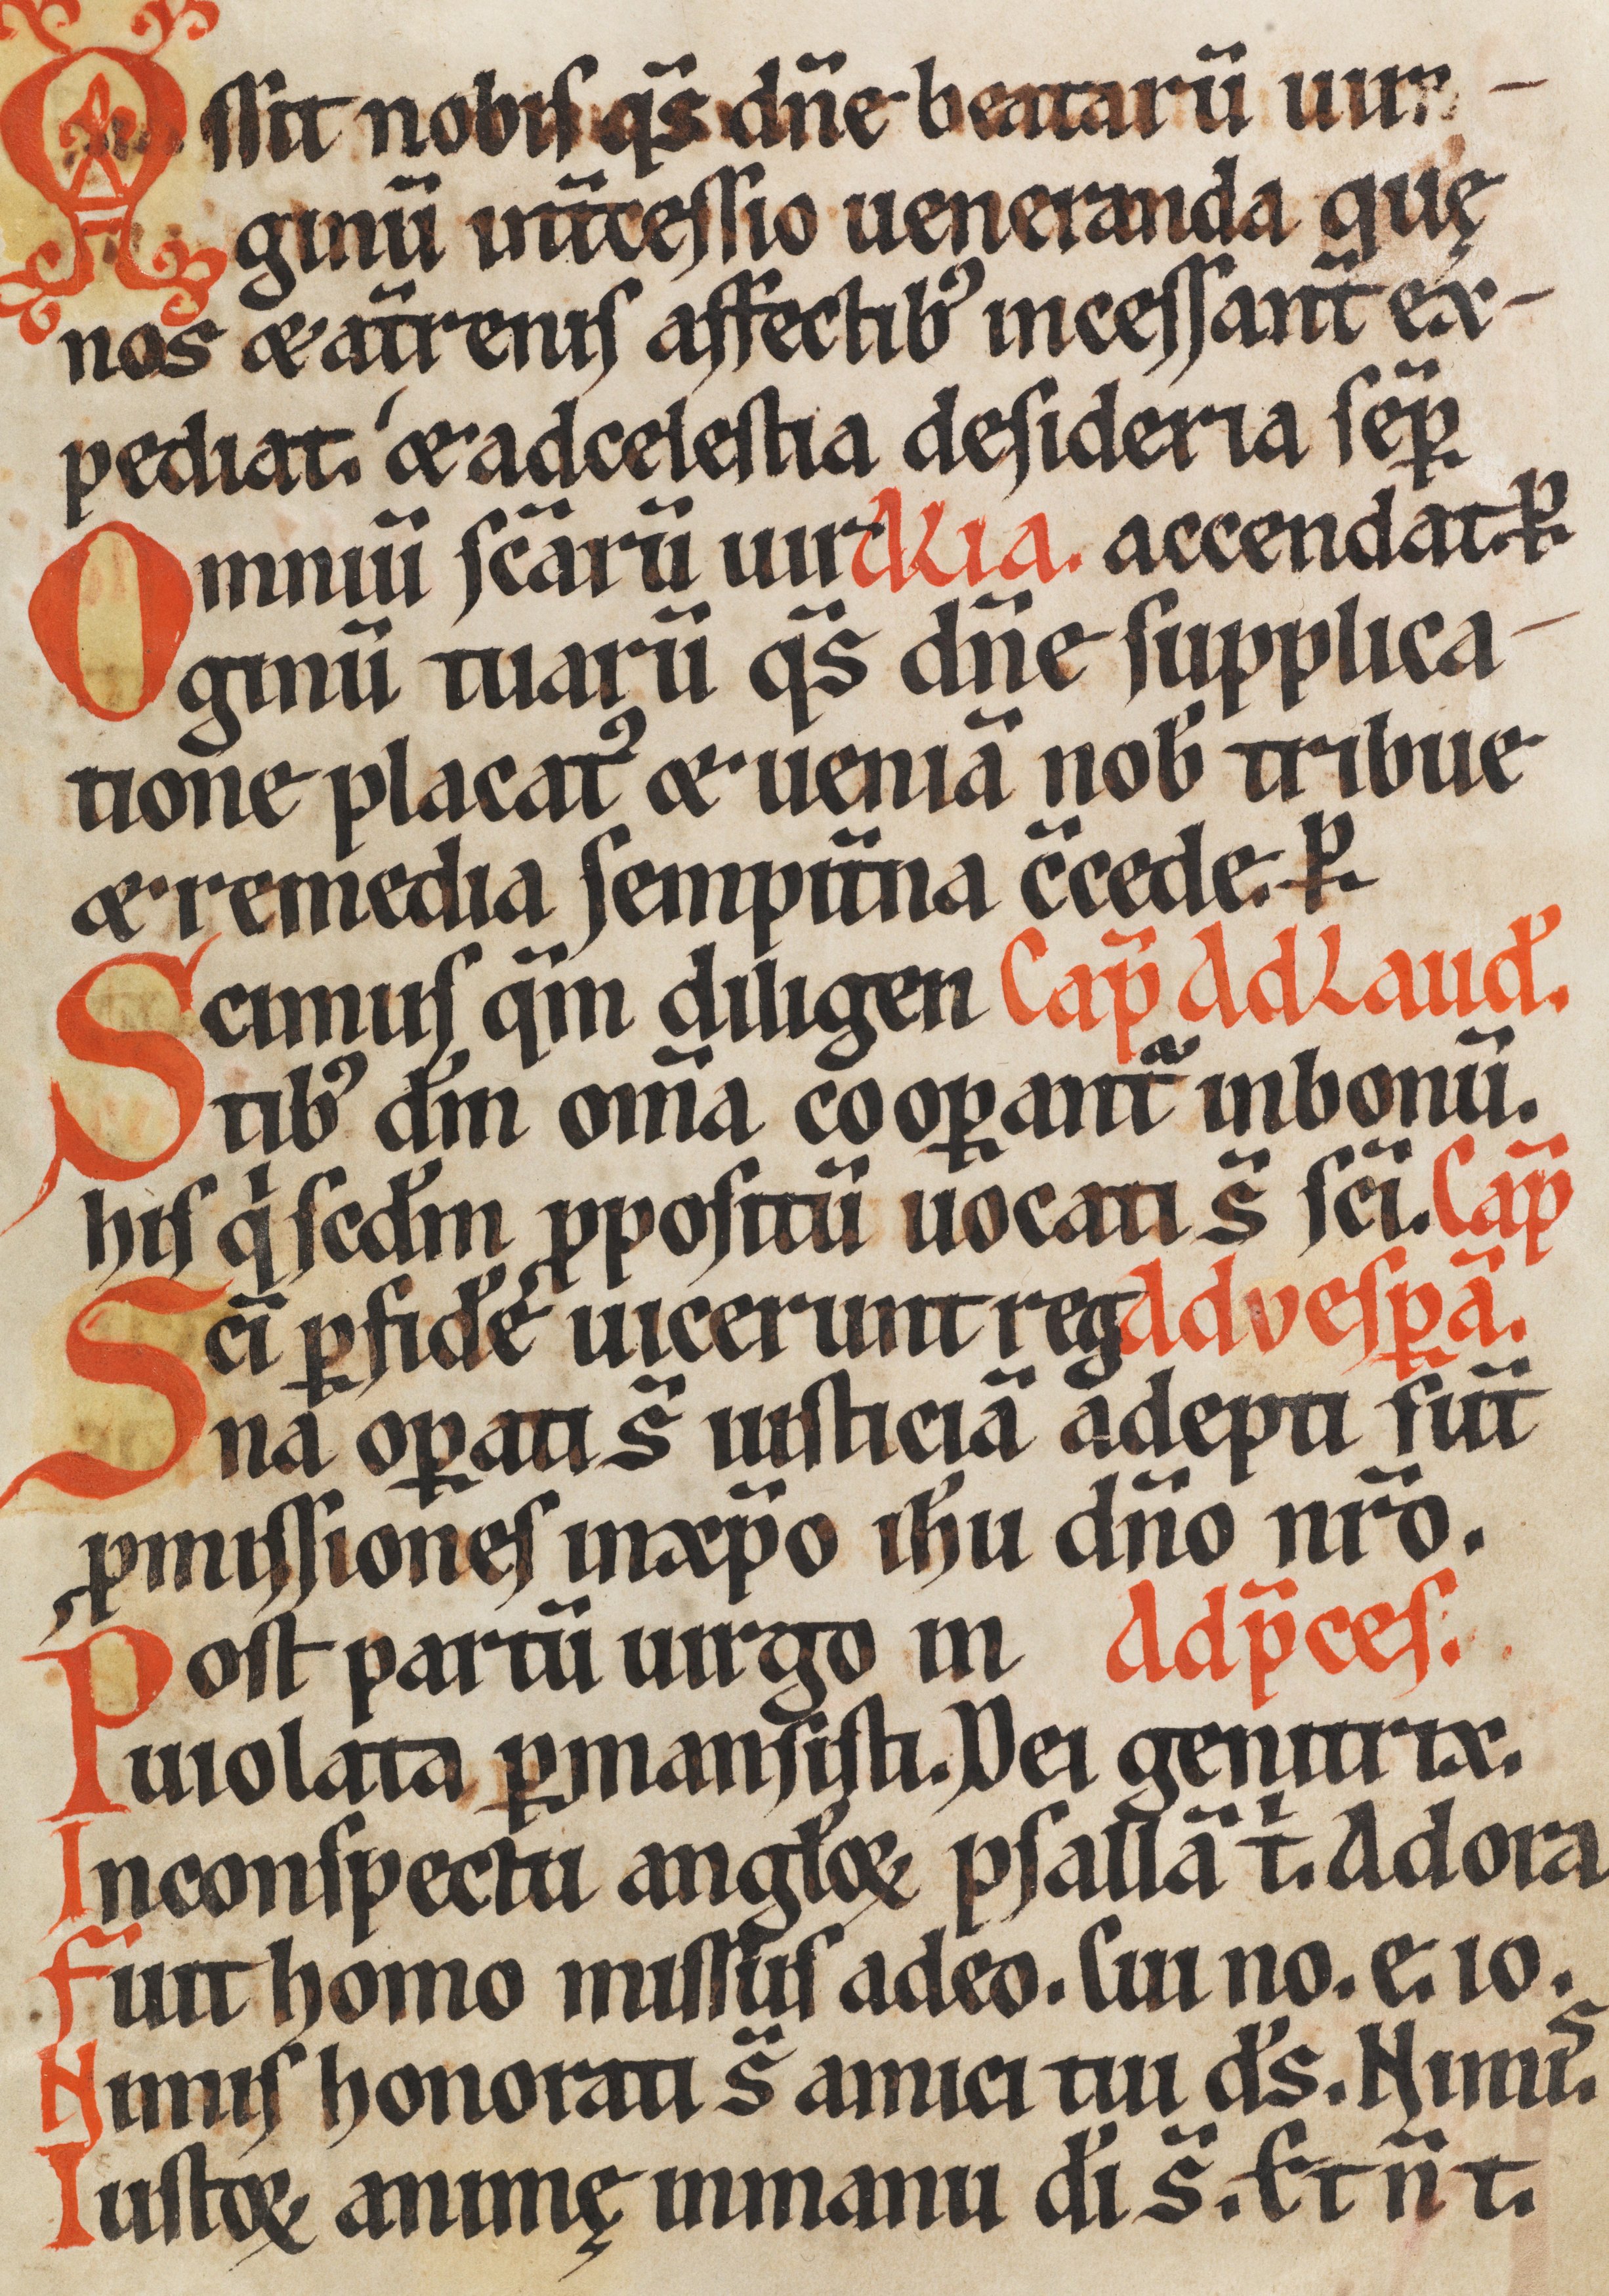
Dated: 1170–1230